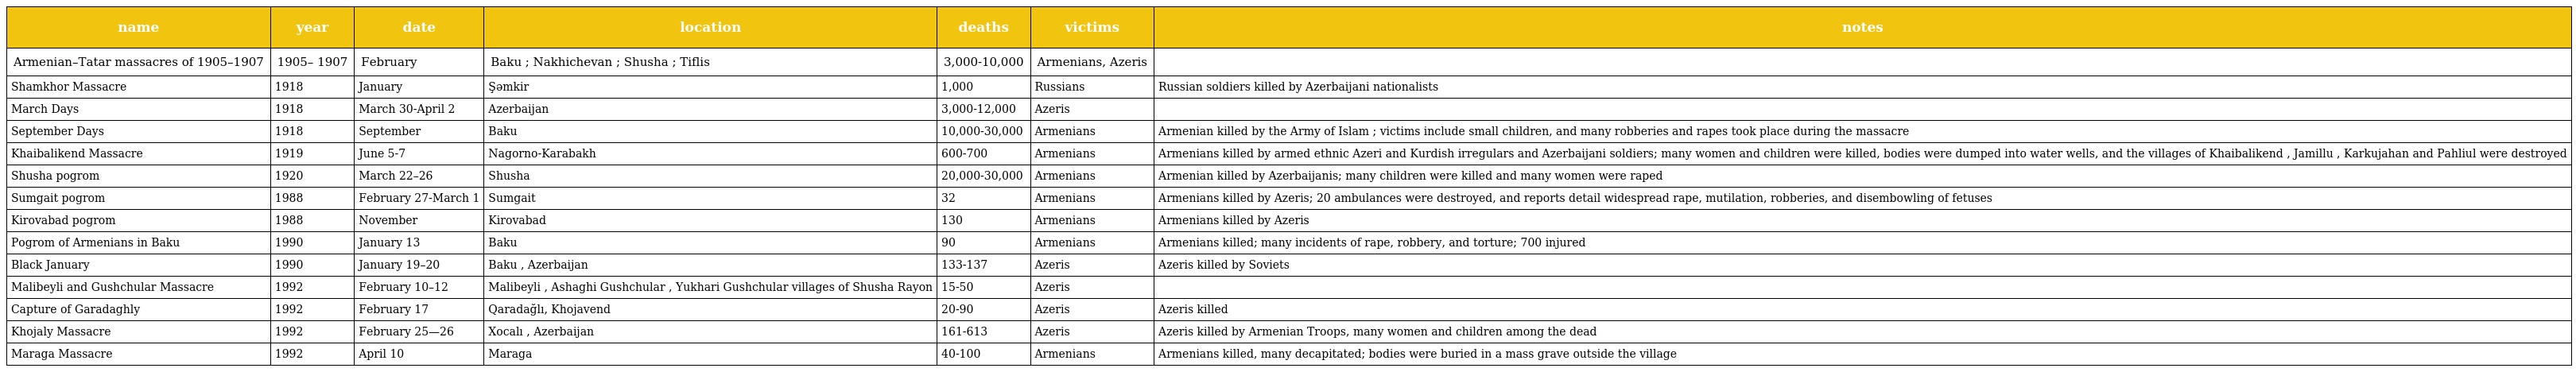
| name | year | date | location | deaths | victims | notes |
 | --- | --- | --- | --- | --- | --- | --- |
 | Armenian–Tatar massacres of 1905–1907 | 1905– 1907 | February | Baku ; Nakhichevan ; Shusha ; Tiflis | 3,000-10,000 | Armenians, Azeris |  |
 | Shamkhor Massacre | 1918 | January | Şəmkir | 1,000 | Russians | Russian soldiers killed by Azerbaijani nationalists |
 | March Days | 1918 | March 30-April 2 | Azerbaijan | 3,000-12,000 | Azeris |  |
 | September Days | 1918 | September | Baku | 10,000-30,000 | Armenians | Armenian killed by the Army of Islam ; victims include small children, and many robberies and rapes took place during the massacre |
 | Khaibalikend Massacre | 1919 | June 5-7 | Nagorno-Karabakh | 600-700 | Armenians | Armenians killed by armed ethnic Azeri and Kurdish irregulars and Azerbaijani soldiers; many women and children were killed, bodies were dumped into water wells, and the villages of Khaibalikend , Jamillu , Karkujahan and Pahliul were destroyed |
 | Shusha pogrom | 1920 | March 22–26 | Shusha | 20,000-30,000 | Armenians | Armenian killed by Azerbaijanis; many children were killed and many women were raped |
 | Sumgait pogrom | 1988 | February 27-March 1 | Sumgait | 32 | Armenians | Armenians killed by Azeris; 20 ambulances were destroyed, and reports detail widespread rape, mutilation, robberies, and disembowling of fetuses |
 | Kirovabad pogrom | 1988 | November | Kirovabad | 130 | Armenians | Armenians killed by Azeris |
 | Pogrom of Armenians in Baku | 1990 | January 13 | Baku | 90 | Armenians | Armenians killed; many incidents of rape, robbery, and torture; 700 injured |
 | Black January | 1990 | January 19–20 | Baku , Azerbaijan | 133-137 | Azeris | Azeris killed by Soviets |
 | Malibeyli and Gushchular Massacre | 1992 | February 10–12 | Malibeyli , Ashaghi Gushchular , Yukhari Gushchular villages of Shusha Rayon | 15-50 | Azeris |  |
 | Capture of Garadaghly | 1992 | February 17 | Qaradağlı, Khojavend | 20-90 | Azeris | Azeris killed |
 | Khojaly Massacre | 1992 | February 25—26 | Xocalı , Azerbaijan | 161-613 | Azeris | Azeris killed by Armenian Troops, many women and children among the dead |
 | Maraga Massacre | 1992 | April 10 | Maraga | 40-100 | Armenians | Armenians killed, many decapitated; bodies were buried in a mass grave outside the village |